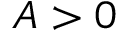
A > 0